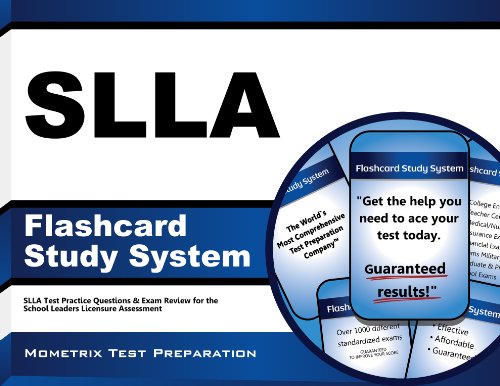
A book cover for SLLA Flashcard Study System: SLLA Test Practice Questions & Exam Review for the School Leaders Licensure Assessment (Cards); SLLA Exam Secrets Test Prep Team; Test Preparation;